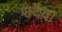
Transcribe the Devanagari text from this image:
उदैया